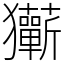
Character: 玂